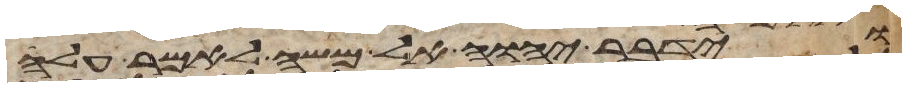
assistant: וידבר יהוה אל משה לאמר עלה